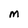
Character: M